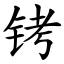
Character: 铐